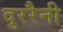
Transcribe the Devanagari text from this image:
दुररैनी